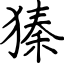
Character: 獉